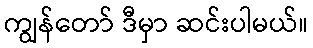
ကျွန်တော် ဒီမှာ ဆင်းပါမယ်။